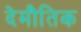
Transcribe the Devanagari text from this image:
देमौतिक